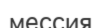
мессия